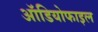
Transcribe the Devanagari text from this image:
ऑडियोफाइल